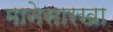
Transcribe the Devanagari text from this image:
मानेसारखा